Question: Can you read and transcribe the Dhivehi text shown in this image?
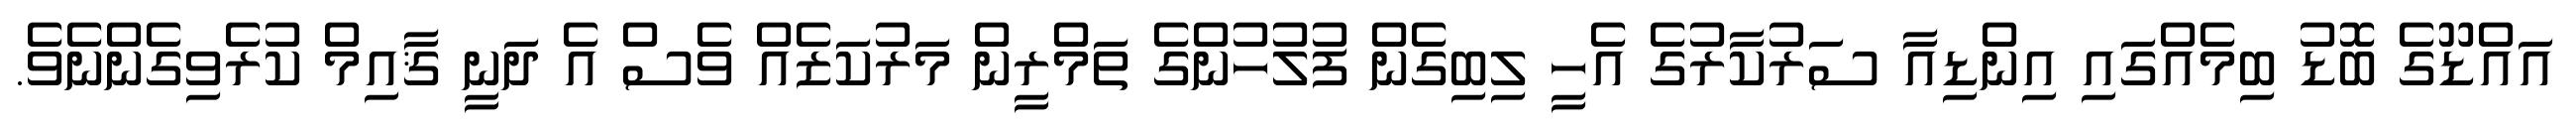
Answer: އައްޑޫގެ ބޮޑު ބިމެއްގައި އިންޑިއާ ސަރުކާރުގެ އެހީ ލިބިގެން ފުލުހުންގެ ތަމްރީން މަރުކަޒެއް ވެސް އެ ދަނީ ޤާއިމް ކުރެވިގެންނެވެ.